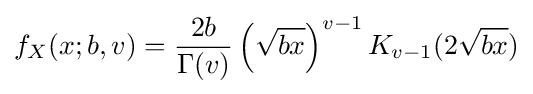
f_{X}(x;b,v)={\frac {2b}{\Gamma (v)}}\left({\sqrt {bx}}\right)^{v-1}K_{v-1}(2{\sqrt {bx}})